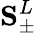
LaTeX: \mathbf{S}_{\pm}^{L}